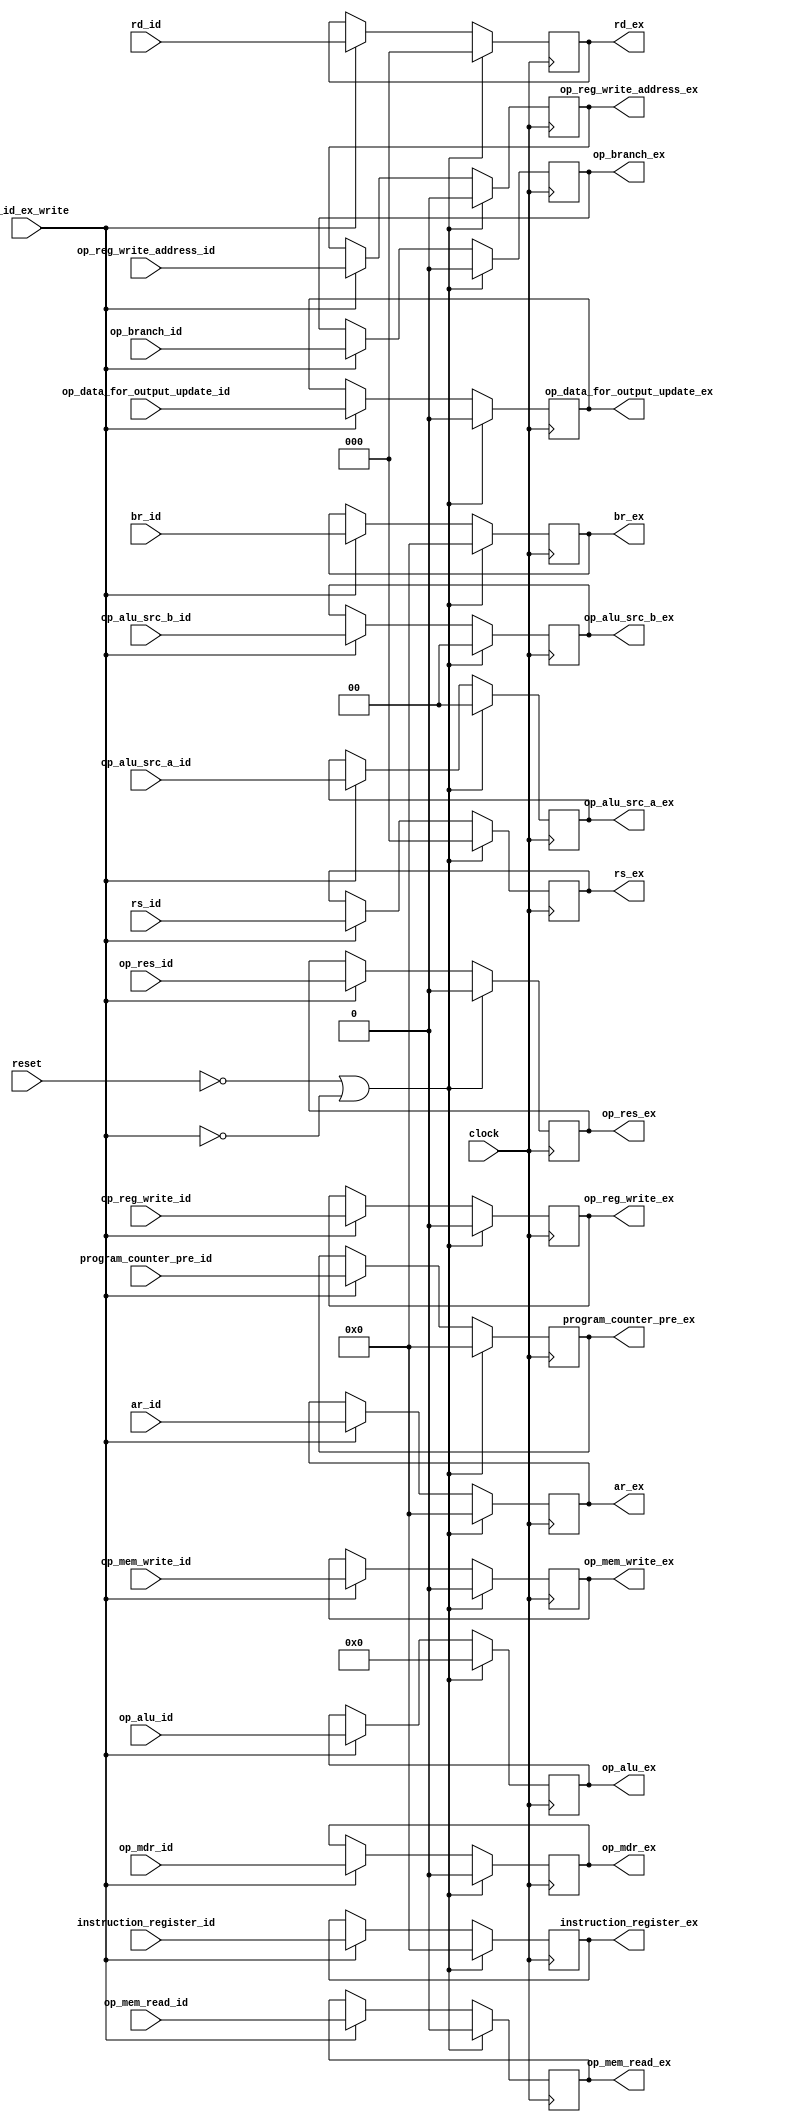
module id_ex(
  input clock,
  input reset,
  input op_id_ex_write,
  input [15:0] program_counter_pre_id,
  input op_branch_id,
  input [1:0] op_alu_src_a_id,
  input [1:0] op_alu_src_b_id,
  input [3:0] op_alu_id,
  input op_data_for_output_update_id,
  input op_mem_write_id,
  input op_mem_read_id,
  input op_reg_write_id,
  input op_reg_write_address_id,
  input op_mdr_id,
  input op_res_id,
  input [2:0] rs_id, rd_id,
  input [15:0] ar_id,br_id,
  input [15:0] instruction_register_id,

  output reg [15:0] program_counter_pre_ex,
  output reg op_branch_ex,
  output reg [1:0] op_alu_src_a_ex,
  output reg [1:0] op_alu_src_b_ex,
  output reg [3:0] op_alu_ex,
  output reg op_data_for_output_update_ex,
  output reg op_mem_write_ex,
  output reg op_mem_read_ex,
  output reg op_reg_write_ex,
  output reg op_reg_write_address_ex,
  output reg op_mdr_ex,
  output reg op_res_ex,
  output reg [2:0] rs_ex, rd_ex,
  output reg [15:0] ar_ex, br_ex,
  output reg [15:0] instruction_register_ex);

always @(posedge clock) begin
  if(reset == 1'b0 || op_id_ex_write == 1'b0) begin
    program_counter_pre_ex <= 16'b0000_0000_0000_0000;
    op_branch_ex <= 1'b0;
    op_alu_src_a_ex <= 2'b00;
    op_alu_src_b_ex <= 2'b00;
    op_alu_ex <= 4'b0000;
    op_data_for_output_update_ex <= 1'b0;
    op_mem_write_ex <= 1'b0;
    op_mem_read_ex <= 1'b0;
    op_reg_write_ex <= 1'b0;
    op_reg_write_address_ex <= 1'b0;
    op_mdr_ex <= 1'b0;
    op_res_ex <= 1'b0;
    rs_ex <= 3'b000;
    rd_ex <= 3'b000;
    ar_ex <= 16'b0000_0000_0000_0000;
    br_ex <= 16'b0000_0000_0000_0000;
    instruction_register_ex <= 16'b0000_0000_0000_0000;
  end
  else if(op_id_ex_write == 1'b1) begin
    program_counter_pre_ex <= program_counter_pre_id;
    op_branch_ex <= op_branch_id;
    op_alu_src_a_ex <= op_alu_src_a_id;
    op_alu_src_b_ex <= op_alu_src_b_id;
    op_alu_ex <= op_alu_id;
    op_data_for_output_update_ex <= op_data_for_output_update_id;
    op_mem_write_ex <= op_mem_write_id;
    op_mem_read_ex <= op_mem_read_id;
    op_reg_write_ex <= op_reg_write_id;
    op_reg_write_address_ex <= op_reg_write_address_id;
    op_mdr_ex <= op_mdr_id;
    op_res_ex <= op_res_id;
    rs_ex <= rs_id;
    rd_ex <= rd_id;
    ar_ex <= ar_id;
    br_ex <= br_id;
    instruction_register_ex <= instruction_register_id;
  end
end

endmodule